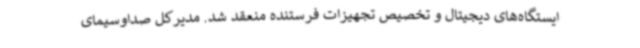
ایستگاه‌های دیجیتال و تخصیص تجهیزات فرستنده منعقد شد. مدیرکل صداوسیمای